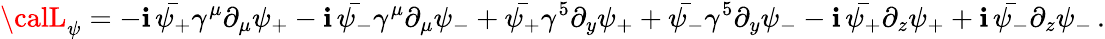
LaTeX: {\calL}_{\psi}=-\mathbf{i}\, \bar{{\psi_{+}}}\gamma^{\mu}\partial_{\mu}\psi_{+}-\mathbf{i}\, \bar{{\psi_{-}}}\gamma^{\mu}\partial_{\mu}\psi_{-}+\bar{{\psi_{+}}}\gamma^{5}\partial_{y}\psi_{+}+\bar{{\psi_{-}}}\gamma^{5}\partial_{y}\psi_{-}-\mathbf{i}\, \bar{{\psi_{+}}}\partial_{z}\psi_{+}+\mathbf{i}\, \bar{{\psi_{-}}}\partial_{z}\psi_{-}\, .